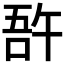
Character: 𠵦